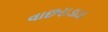
વાછરાડાડા